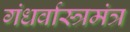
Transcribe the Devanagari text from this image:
गंधर्वास्त्रमंत्र